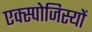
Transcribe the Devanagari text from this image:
एक्स्पोजिस्यों